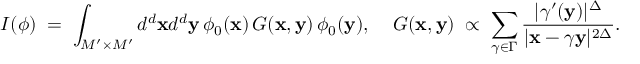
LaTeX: I ( \phi ) \; = \; \int _ { M ^ { \prime } \times M ^ { \prime } } d ^ { d } { \bf x } d ^ { d } { \bf y } \, \phi _ { 0 } ( { \bf x } ) \, G ( { \bf x } , { \bf y } ) \, \phi _ { 0 } ( { \bf y } ) , \; \; \; \; G ( { \bf x } , { \bf y } ) \; \propto \; \sum _ { \gamma \in \Gamma } \frac { | \gamma ^ { \prime } ( { \bf y } ) | ^ { \Delta } } { | { \bf x } - \gamma { \bf y } | ^ { 2 \Delta } } .